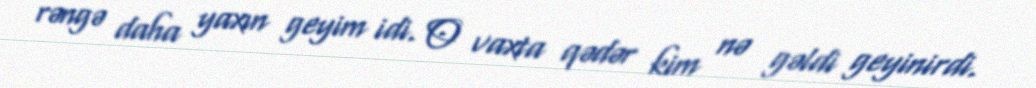
rəngə daha yaxın geyim idi. O vaxta qədər kim nə gəldi geyinirdi.